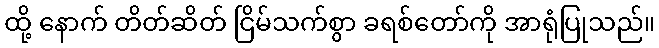
ထို့ နောက် တိတ်ဆိတ် ငြိမ်သက်စွာ ခရစ်တော်ကို အာရုံပြုသည်။